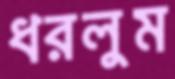
ধরলুম